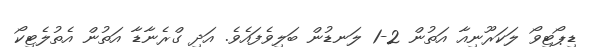
ޑިޕޯޓިވޯ ލަކަރޫނިއާ އަތުން 2-1 ލަނޑުން ބަލިވެފައެވެ. އަދި ގްރެނާޑާ އަތުން އެތުލެޓިކޯ